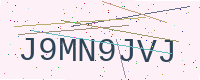
Text: J9MN9JVJ